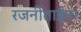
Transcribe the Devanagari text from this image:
रजनीताईना